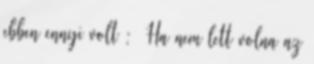
ebben ennyi volt : Ha nem lett volna az